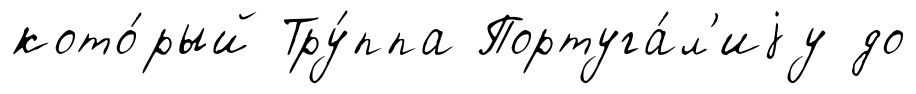
кото́рый Тру́ппа Португа́л'иjу до